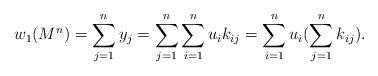
LaTeX: \begin{align*} w_1(M^n)=\sum_{j=1}^n y_j=\sum_{j=1}^n \sum_{i=1}^n u_i k_{ij}=\sum_{i=1}^n u_i(\sum_{j=1}^n k_{ij}).\end{align*}